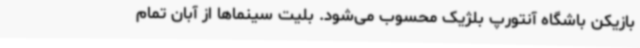
بازیکن باشگاه آنتورپ بلژیک محسوب می‌شود. بلیت سینماها از آبان تمام